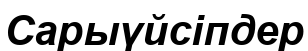
Сарыүйсіпдер